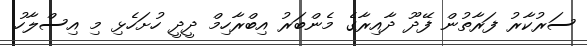
ސަރުކާރު ފަރާތުން ފޭދޫ ދާއިރާގެ މެންބަރު އިބްރާހިމް ދީދީ ހުށަހެޅި މި އިސްލާހު